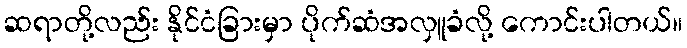
ဆရာတို့လည်း နိုင်ငံခြားမှာ ပိုက်ဆံအလှူခံလို့ ကောင်းပါတယ်။